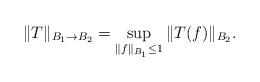
LaTeX: \begin{align*}\|T\|_{B_1\to B_2}=\sup_{\|f\|_{B_1}\le1}\|T(f)\|_{B_2}.\end{align*}